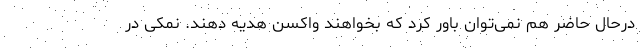
درحال حاضر هم نمی‌توان باور کرد که بخواهند واکسن هدیه دهند. نمکی در